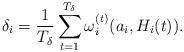
LaTeX: \begin{align*} \delta_i=\frac{1}{T_{\delta}}\sum_{t=1}^{T_{\delta}}\omega_i^{(t)}(a_i,H_i(t)). \end{align*}